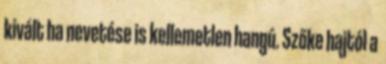
kivált ha nevetése is kellemetlen hangú. Szőke hajtól a